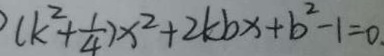
( k ^ { 2 } + \frac { 1 } { 4 } ) x ^ { 2 } + 2 k b x + b ^ { 2 } - 1 = 0 .